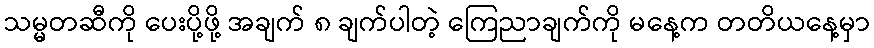
သမ္မတဆီကို ပေးပို့ဖို့ အချက် ၈ ချက်ပါတဲ့ ကြေညာချက်ကို မနေ့က တတိယနေ့မှာ